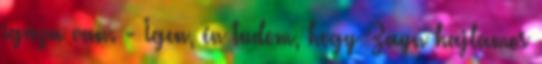
igaza van. - Igen, én tudom, hogy Zayn hajlamos